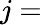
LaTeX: j=